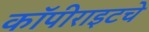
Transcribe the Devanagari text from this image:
कॉपीराइटचे